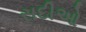
સદીઓ